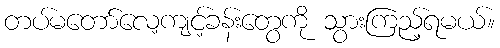
တပ်မတော်လေ့ကျင့်ခန်းတွေကို သွားကြည့်ရမယ်။